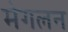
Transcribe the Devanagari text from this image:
मेगलन